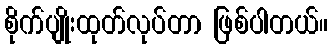
စိုက်ပျိုးထုတ်လုပ်တာ ဖြစ်ပါတယ်။